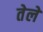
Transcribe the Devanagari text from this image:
तेलें